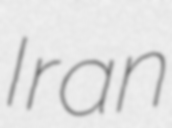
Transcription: Iran